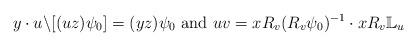
LaTeX: \begin{align*}y\cdot u\backslash [(uz)\psi_0]=(yz)\psi_0~\textrm{and}~uv=xR_v(R_v\psi_0)^{-1}\cdot xR_v\mathbb{L}_u\end{align*}